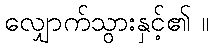
လျှောက်သွားနှင့်၏ ။